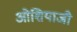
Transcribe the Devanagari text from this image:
ओशियाजी